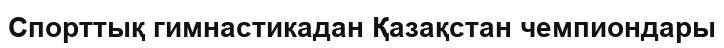
Спорттық гимнастикадан Қазақстан чемпиондары